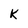
Character: K